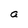
Character: a